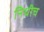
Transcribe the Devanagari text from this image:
निधीच